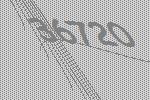
36720